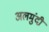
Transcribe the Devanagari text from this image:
अलमुंदी